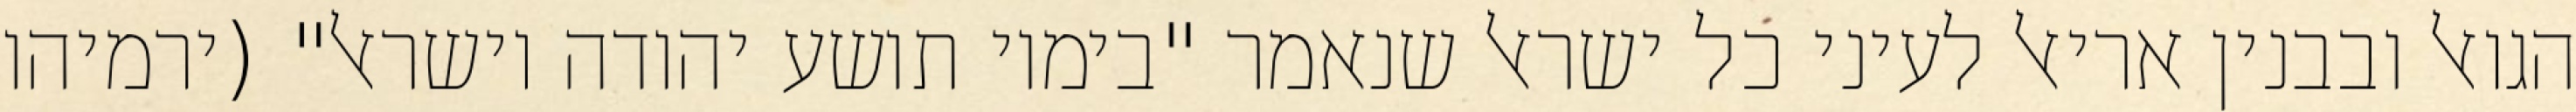
הגואל ובבנין אריאל לעיני כל ישראל שנאמר "בימיו תושע יהודה וישראל" (ירמיהו